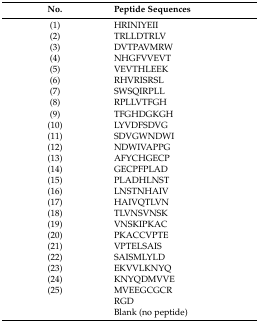
<table><thead><tr><td><b>No.</b></td><td><b>Peptide Sequences</b></td></tr></thead><tbody><tr><td>(1)</td><td>HRINIYEII</td></tr><tr><td>(2)</td><td>TRLLDTRLV</td></tr><tr><td>(3)</td><td>DVTPAVMRW</td></tr><tr><td>(4)</td><td>NHGFVVEVT</td></tr><tr><td>(5)</td><td>VEVTHLEEK</td></tr><tr><td>(6)</td><td>RHVRISRSL</td></tr><tr><td>(7)</td><td>SWSQIRPLL</td></tr><tr><td>(8)</td><td>RPLLVTFGH</td></tr><tr><td>(9)</td><td>TFGHDGKGH</td></tr><tr><td>(10)</td><td>LYVDFSDVG</td></tr><tr><td>(11)</td><td>SDVGWNDWI</td></tr><tr><td>(12)</td><td>NDWIVAPPG</td></tr><tr><td>(13)</td><td>AFYCHGECP</td></tr><tr><td>(14)</td><td>GECPFPLAD</td></tr><tr><td>(15)</td><td>PLADHLNST</td></tr><tr><td>(16)</td><td>LNSTNHAIV</td></tr><tr><td>(17)</td><td>HAIVQTLVN</td></tr><tr><td>(18)</td><td>TLVNSVNSK</td></tr><tr><td>(19)</td><td>VNSKIPKAC</td></tr><tr><td>(20)</td><td>PKACCVPTE</td></tr><tr><td>(21)</td><td>VPTELSAIS</td></tr><tr><td>(22)</td><td>SAISMLYLD</td></tr><tr><td>(23)</td><td>EKVVLKNYQ</td></tr><tr><td>(24)</td><td>KNYQDMVVE</td></tr><tr><td>(25)</td><td>MVEEGCGCR</td></tr><tr><td></td><td>RGD</td></tr><tr><td></td><td>Blank (no peptide)</td></tr></tbody></table>